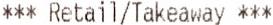
*** RETAIL/TAKEAWAY ***